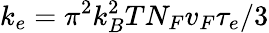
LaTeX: k_{e}={\pi}^{2}k_{B}^{2}TN_{F}v_{F}{\tau}_{e}/3